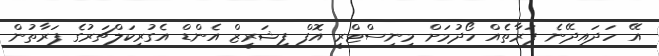
އޭ ހަދައިދޭނެ ފަރާތެއް ހޯދުމަށް މިނިސްޓްރީ އޮފް ފިޝަރީޒް އެންޑް އެގުރިކަލްޗަރުގެ ފަރާތުން